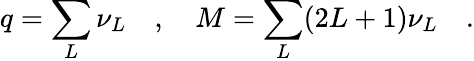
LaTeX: q=\sum_{L}\nu_{L}\quad,\quad M=\sum_{L}(2L+1)\nu_{L}\quad.